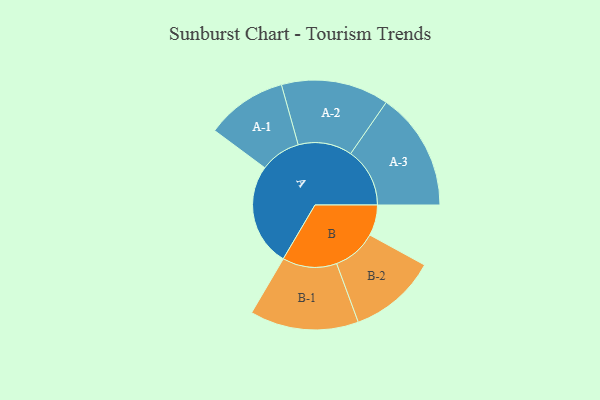
{"axis": {"x": "Segment", "y": "Value"}, "legend": ["", "A", "B"], "data": [{"x": "A", "y": 452, "type": ""}, {"x": "B", "y": 135, "type": ""}, {"x": "A-1", "y": 178, "type": "A"}, {"x": "A-2", "y": 237, "type": "A"}, {"x": "A-3", "y": 260, "type": "A"}, {"x": "B-1", "y": 239, "type": "B"}, {"x": "B-2", "y": 193, "type": "B"}]}